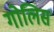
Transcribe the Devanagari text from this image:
गोलिस